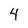
Character: 4